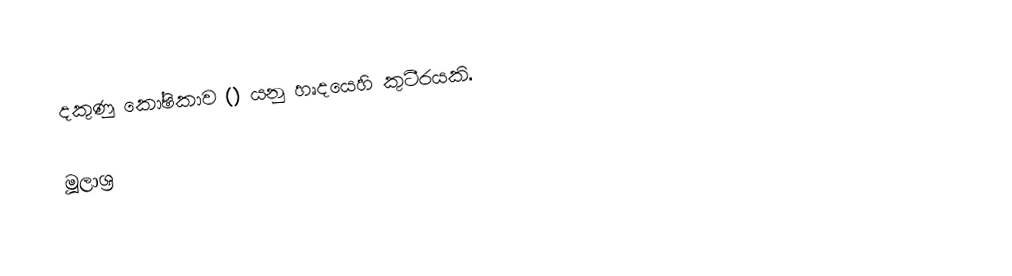
දකුණු කෝෂිකාව () යනු හෘදයෙහි කුටීරයකි.

මූලාශ්‍ර